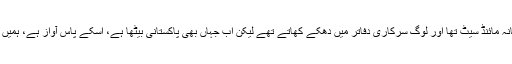
انہوں نے کہا کہ پرانے پاکستان میں غلامانہ مائنڈ سیٹ تھا اور لوگ سرکاری دفاتر میں دھکے کھاتے تھے لیکن اب جہاں بھی پاکستانی بیٹھا ہے، اسکے پاس آواز ہے، ہمیں ایک خاص مدت میں انہیں جواب دینا ہوگا۔